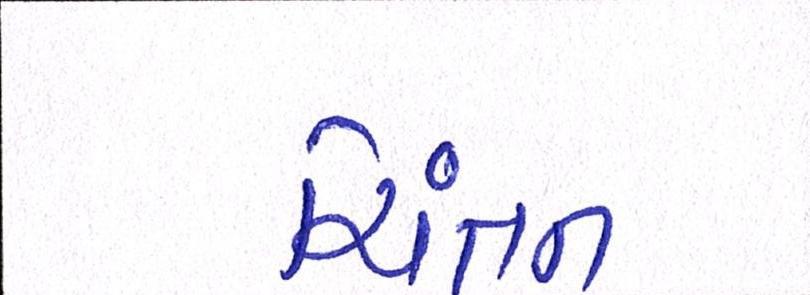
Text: ચિંતન